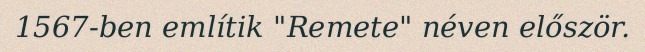
1567-ben említik "Remete" néven először.